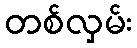
တစ်လှမ်း